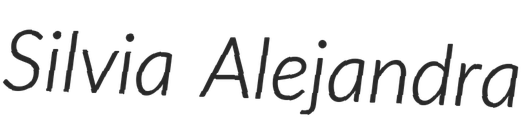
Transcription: Silvia Alejandra